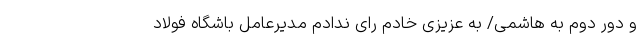
و دور دوم به هاشمی/ به عزیزی خادم رای ندادم مدیرعامل باشگاه فولاد